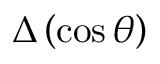
\Delta \left( \cos \theta \right)